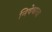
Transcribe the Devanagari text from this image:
निषेधाचा